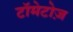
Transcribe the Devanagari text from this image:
टॉमेटोज़